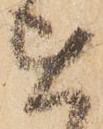
を